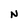
Character: N